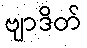
ဗျာဒိတ်